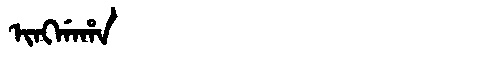
Manchu: ᡳᠩᡤᠠᡥᠠ
Romanization: INGGAHA